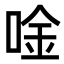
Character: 唫